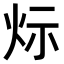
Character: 𤇋